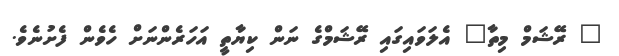
" ރޭޝަމް މިތާ" އެލަވައިގައި ރޭޝަމްގެ ނަން ކިޔާތީ އަހަރެންނަށް ހެވެން ފެށުނެވެ.